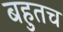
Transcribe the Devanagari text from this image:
बहुतच